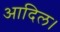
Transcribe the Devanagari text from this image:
आदिल।